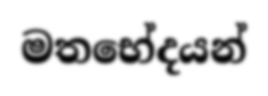
මතභේදයන්